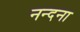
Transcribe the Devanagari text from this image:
नन्दना